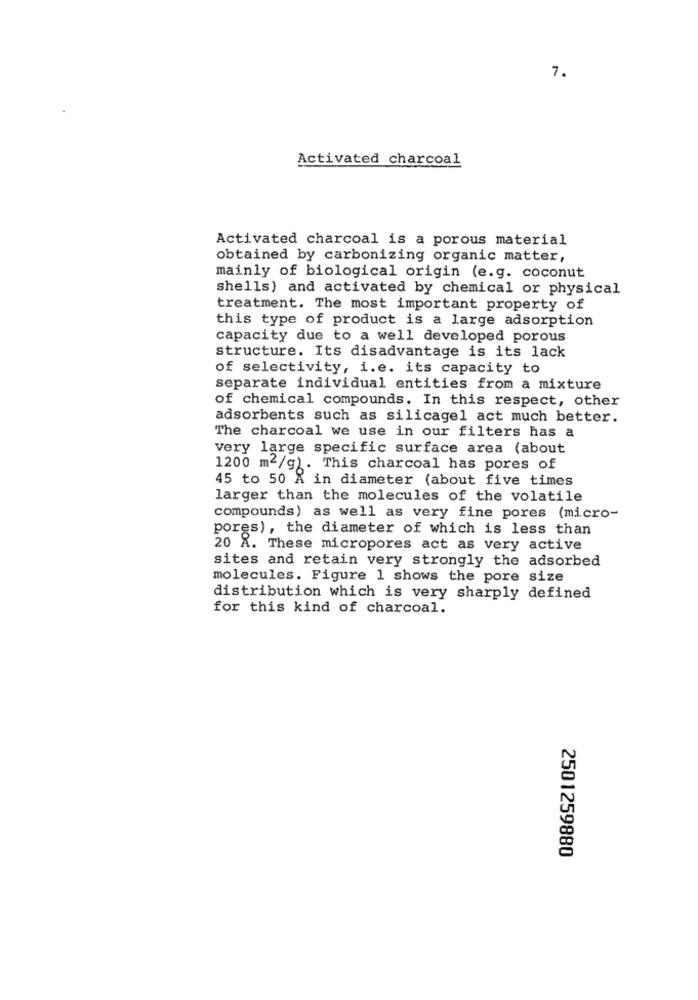
7.
Activated charcoal
Activated charcoal is a porous material
obtained by carbonizing organic matter,
mainly of biological origin (e.g. coconut
shells) and activated by chemical or physical
treatment. The most important property of
this type of product is a large adsorption
capacity due to a well developed porous
structure. Its disadvantage is its lack
of selectivity, i.e. its capacity to
separate individual entities from a mixture
of chemical compounds. In this respect, other
adsorbents such as silicagel act much better.
The charcoal we use in our filters has a
very large specific surface area (about
1200 m2/g). This charcoal has pores of
45 to 50 A in diameter (about five times
larger than the molecules of the volatile
compounds) as well as very fine pores (micro-
pores), the diameter of which is less than
20 A. These micropores act as very active
sites and retain very strongly the adsorbed
molecules. Figure 1 shows the pore size
distribution which is very sharply defined
for this kind of charcoal.
2501259880